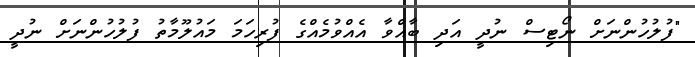
"ފުލުހުންނަށް ނޯޓިސް ނުދީ އަދި ބާއްވާ އެއްވުމެއްގެ ފުރިހަމަ މައުލޫމާތު ފުލުހުންނަށް ނުދީ